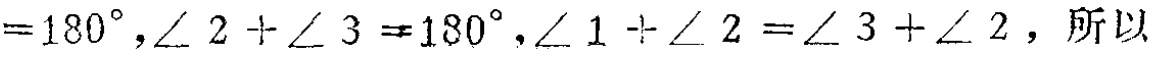
$=180^{\circ},\angle 2 + \angle 3 = 180^{\circ},\angle 1 + \angle 2 = \angle 3 + \angle 2，所以$